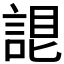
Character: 𧨛